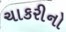
ચાકરીનો